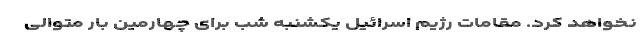
نخواهد کرد. مقامات رژیم اسرائیل یکشنبه شب برای چهارمین بار متوالی